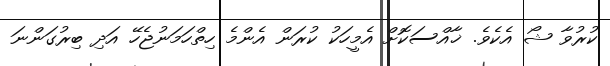
ކުރުވާ ޝޯ އެކެވެ. ޚާއްސަކޮށް އެމީހަކު ކުރަން އެންމެ ހިތްހަމަނުޖެހޭ އަދި ބިރުގަންނަ